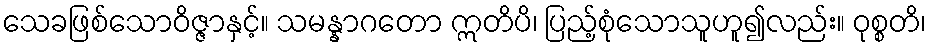
သေခဖြစ်သောဝိဇ္ဇာနှင့်။ သမန္နာဂတော ဣတိပိ၊ ပြည့်စုံသောသူဟူ၍လည်း။ ဝုစ္စတိ၊